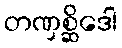
တဏှစ္ဆိဒေါ